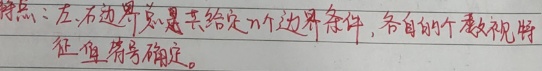
特点：左、右边界总是给定\(n\)个边界条件，各自的个数视特征值符号确定。